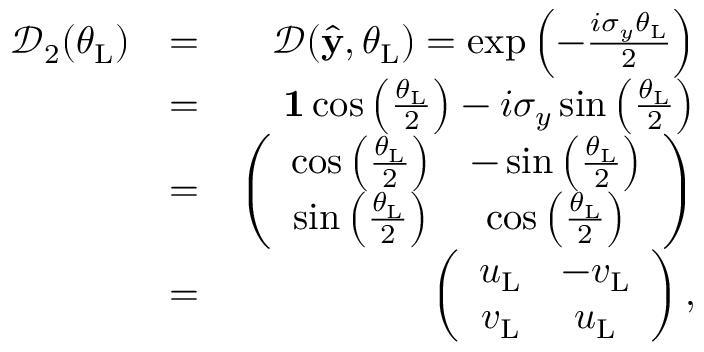
\begin{array} { r l r } { \mathcal { D } _ { 2 } ( \theta _ { \mathrm { L } } ) } & { = } & { \mathcal { D } ( \hat { \bf y } , \theta _ { \mathrm { L } } ) = \exp \left( - \frac { i \sigma _ { y } \theta _ { \mathrm { L } } } { 2 } \right) } \\ & { = } & { { \bf 1 } \cos \left( \frac { \theta _ { \mathrm { L } } } { 2 } \right) - i \sigma _ { y } \sin \left( \frac { \theta _ { \mathrm { L } } } { 2 } \right) } \\ & { = } & { \left( \begin{array} { c c } { \cos \left( \frac { \theta _ { \mathrm { L } } } { 2 } \right) } & { - \sin \left( \frac { \theta _ { \mathrm { L } } } { 2 } \right) } \\ { \sin \left( \frac { \theta _ { \mathrm { L } } } { 2 } \right) } & { \cos \left( \frac { \theta _ { \mathrm { L } } } { 2 } \right) } \end{array} \right) } \\ & { = } & { \left( \begin{array} { c c } { u _ { \mathrm { L } } } & { - v _ { \mathrm { L } } } \\ { v _ { \mathrm { L } } } & { u _ { \mathrm { L } } } \end{array} \right) , } \end{array}